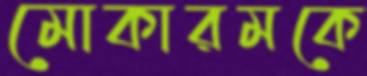
মোকারমকে